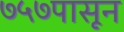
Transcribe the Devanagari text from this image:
७५७पासून